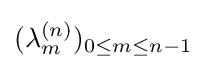
(\lambda _{m}^{(n)})_{0\leq m\leq n-1}